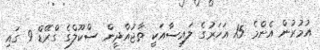
އުމުރުން އެންމެ 15 އަހަރުގެ ލައިސާއަކީ ތާޖުއްދީން ސްކޫލްގެ ގްރޭޑް 9 ގައި